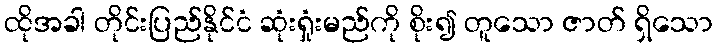
ထိုအခါ တိုင်းပြည်နိုင်ငံ ဆုံးရှုံးမည်ကို စိုး၍ တူသော ဇာတ် ရှိသော